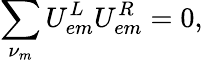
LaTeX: \sum_{\nu_{m}}U_{em}^{L}U_{em}^{R}=0,